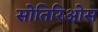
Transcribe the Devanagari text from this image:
सोतिरिओस